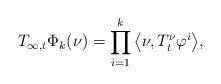
LaTeX: \begin{align*}\label[Ieq]{eq:TinftytphikMcKean}T_{\infty,t}\Phi_k(\nu) = \prod_{i=1}^k \big\langle \nu,T^{\nu}_t\varphi^i\big\rangle,\end{align*}